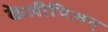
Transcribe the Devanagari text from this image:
केजीपिअन्